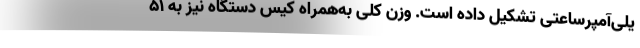
یلی‌آمپرساعتی تشکیل داده است. وزن کلی به‌همراه کیس دستگاه نیز به ۵۱